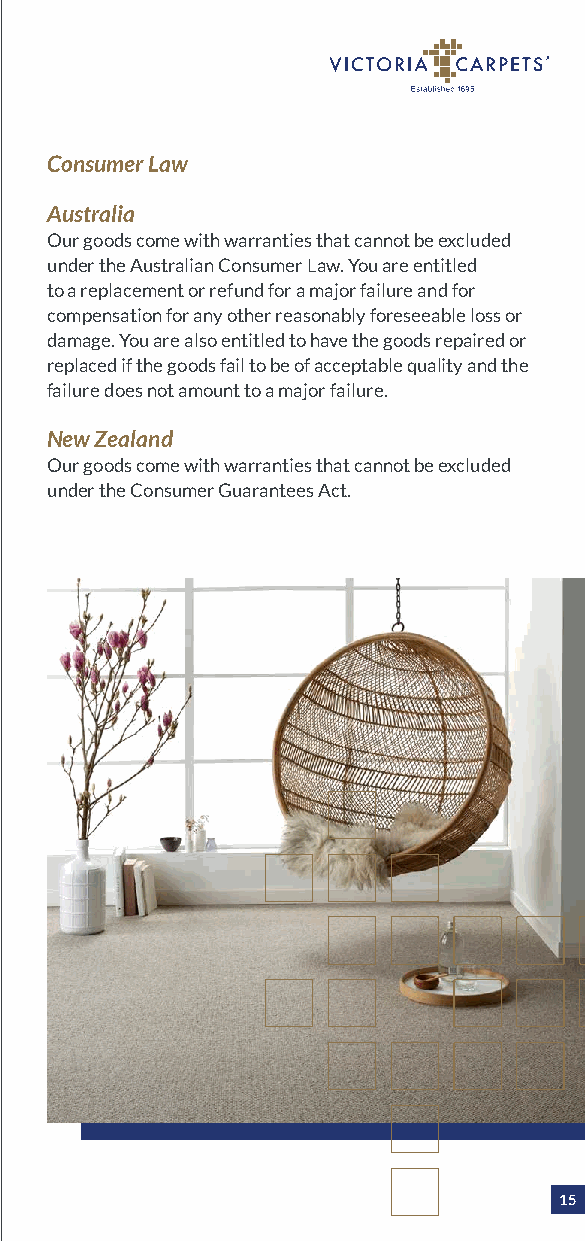
Consumer Law
 Australia
 Our goods come with warranties that cannot be excluded
 under the Australian Consumer Law. You are entitled
 to a replacement or refund for a major failure and for
 compensation for any other reasonably foreseeable loss or
 damage. You are also entitled to have the goods repaired or
 replaced if the goods fail to be of acceptable quality and the
 failure does not amount to a major failure.
 New Zealand
 Our goods come with warranties that cannot be excluded
 under the Consumer Guarantees Act.
 15